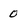
Character: 0